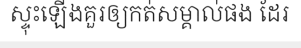
ស្ទុះឡើងគួរឲ្យកត់សម្គាល់ផង ដែរ